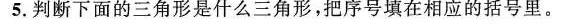
5.判断下面的三角形是什么三角形，把序号填在相应的括号里。